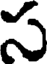
స